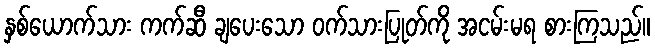
နှစ်ယောက်သား ကက်ဆီ ချပေးသော ဝက်သားပြုတ်ကို အငမ်းမရ စားကြသည်။